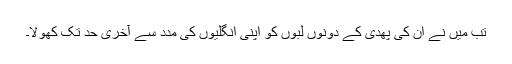
تب میں نے ان کی پھدی کے دونوں لبوں کو اپنی انگلیوں کی مدد سے آخری حد تک کھولا۔